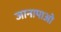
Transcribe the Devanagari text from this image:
जानापाओ